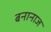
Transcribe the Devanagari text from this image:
बनानाज